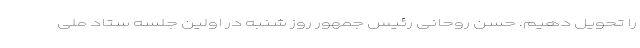
را تحویل دهیم. حسن روحانی رئیس جمهور روز شنبه در اولین جلسه ستاد ملی